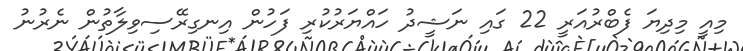
މިއީ މިދިޔަ ފެބްރުއަރީ 22 ގައި ނަޝީދު ހައްޔަރުކުރި ފަހުން އިނގިރޭސިވިލާތުން ނެރުނު